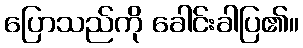
ပြောသည်ကို ခေါင်းခါပြ၏။